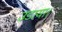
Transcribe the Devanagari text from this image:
उडाया।